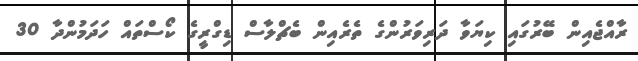
ރާއްޖެއިން ބޭރުގައި ކިޔަވާ ދަރިވަރުންގެ ތެރެއިން ބެޗްލާސް ޑިގްރީގެ ކޯސްތައް ހަދަމުންދާ 30